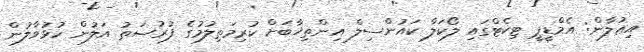
އިޢުލާން: އެމްޑީޕީ ޓިކެޓްގައި ލޯކަލް ކައުންސިލް އިންތިޚާބަށް ކުރިމަތިލުމުގެ ފުރުޞަތު އަލުން ހުޅުވާލުން